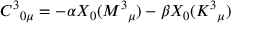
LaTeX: C ^ { 3 } { } _ { 0 \mu } = - \alpha X _ { 0 } ( M ^ { 3 } { } _ { \mu } ) - \beta X _ { 0 } ( K ^ { 3 } { } _ { \mu } )